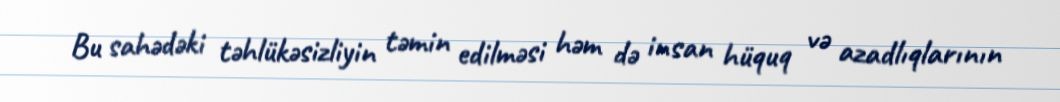
Bu sahədəki təhlükəsizliyin təmin edilməsi həm də insan hüquq və azadlıqlarının